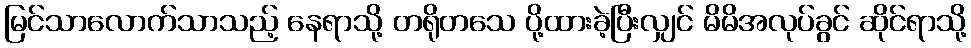
မြင်သာလောက်သာသည့် နေရာသို့ တရိုတသေ ပို့ထားခဲ့ပြီးလျှင် မိမိအလုပ်ခွင် ဆိုင်ရာသို့